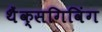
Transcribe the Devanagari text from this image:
थैंक्‍सगिविंग